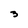
Character: 3